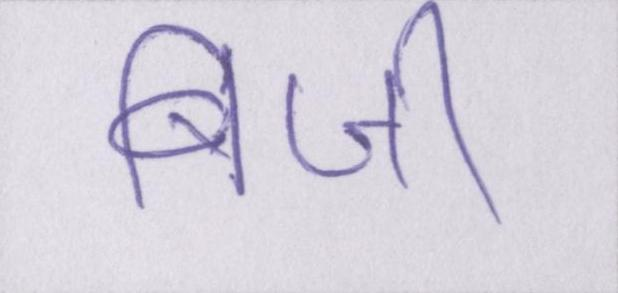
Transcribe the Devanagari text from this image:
बिजी